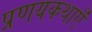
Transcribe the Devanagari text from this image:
प्रणयकथाएँ